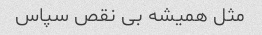
مثل همیشه بی نقص سپاس